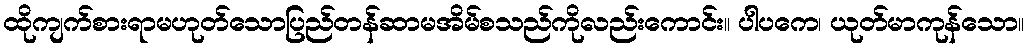
ထိုကျက်စားရာမဟုတ်သောပြည်တန်ဆာမအိမ်စသည်ကိုလည်းကောင်း။ ပါပကေ၊ ယုတ်မာကုန်သော။